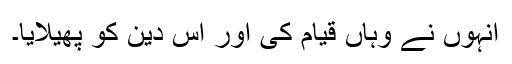
انہوں نے وہاں قیام کی اور اس دین کو پھیلایا۔